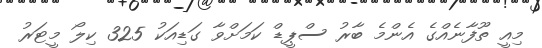
މިއީ ތޫފާނެއްގެ އެންމެ ބާރު ސްޕީޑް ކަމަށްވާ ގަޑިއަކު 325 ކިލޯ މީޓަރު